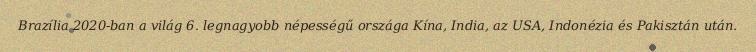
Brazília 2020-ban a világ 6. legnagyobb népességű országa Kína, India, az USA, Indonézia és Pakisztán után.